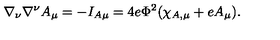
\nabla _ { \nu } \nabla ^ { \nu } A _ { \mu } = - I _ { A \mu } = 4 e \Phi ^ { 2 } ( \chi _ { A , \mu } + e A _ { \mu } ) .